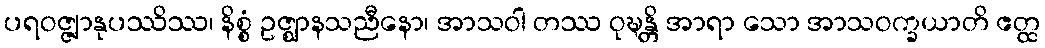
ပရဝဇ္ဇျာနုပဿိဿ၊ နိစ္စံ ဥဇ္ဈာနသညီနော၊ အာသဝါ တဿ ဝုဍ္ဎန္တိ အာရာ သော အာသဝက္ခယာတိ ဧတ္ထ